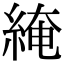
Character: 𦁏